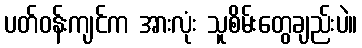
ပတ်ဝန်းကျင်က အားလုံး သူစိမ်းတွေချည်းပဲ။